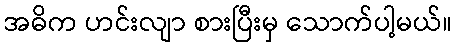
အဓိက ဟင်းလျာ စားပြီးမှ သောက်ပါ့မယ်။